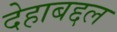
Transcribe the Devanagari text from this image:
देहाबद्दल